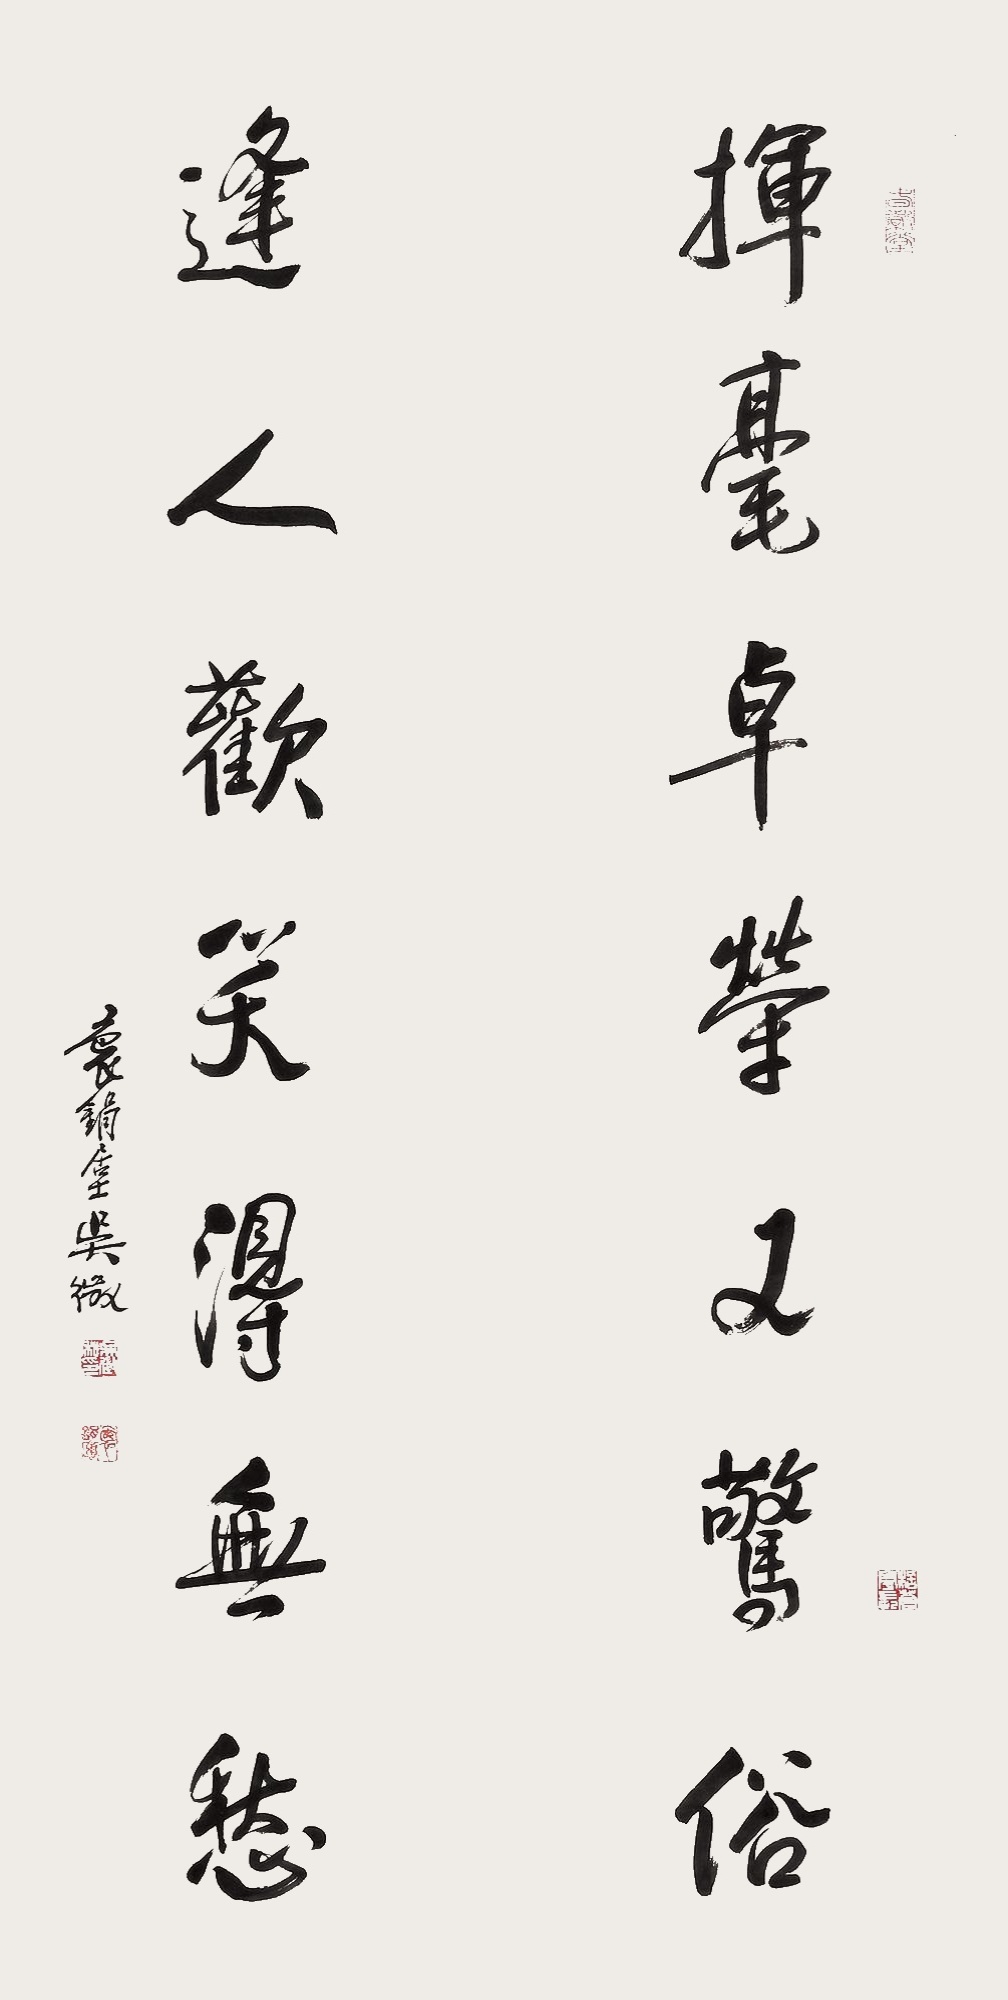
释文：挥毫卓荣又惊俗，逢人欢笑得无愁。袌𫓶居士吴征。